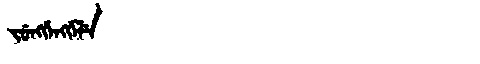
Manchu: ᠵᡠᠩᡤᡝᠩᡤᡝᠯᡝ
Romanization: JUNGGENGGELE